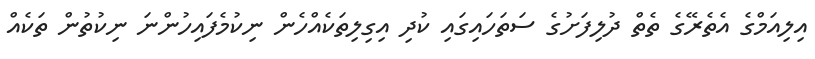
އިލިއަމްގެ އެެތެރޭގެ ތެތް ދުލިފަށުގެ ސަތަހައިގައި ކުދި އިގިލިތަކެއްހެން ނިކުމެފައިހުންނަ ނިކުތުން ތަކެއް